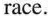
race.